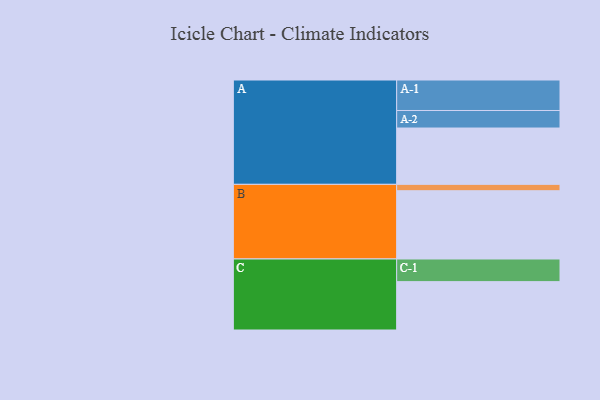
{"axis": {"x": "Segment", "y": "Value"}, "legend": ["", "A", "B", "C"], "data": [{"x": "A", "y": 495, "type": ""}, {"x": "B", "y": 600, "type": ""}, {"x": "C", "y": 425, "type": ""}, {"x": "A-1", "y": 268, "type": "A"}, {"x": "A-2", "y": 154, "type": "A"}, {"x": "B-1", "y": 56, "type": "B"}, {"x": "C-1", "y": 199, "type": "C"}]}